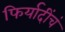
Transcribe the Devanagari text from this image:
फिर्यादींचं